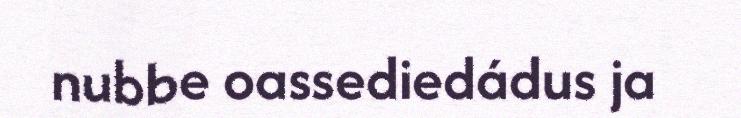
nubbe oassediedádus ja